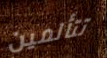
تتألمين